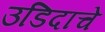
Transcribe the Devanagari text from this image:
उडिदाचे